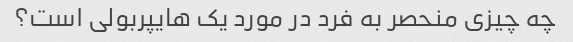
چه چیزی منحصر به فرد در مورد یک هایپربولی است؟